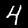
Digit: 4